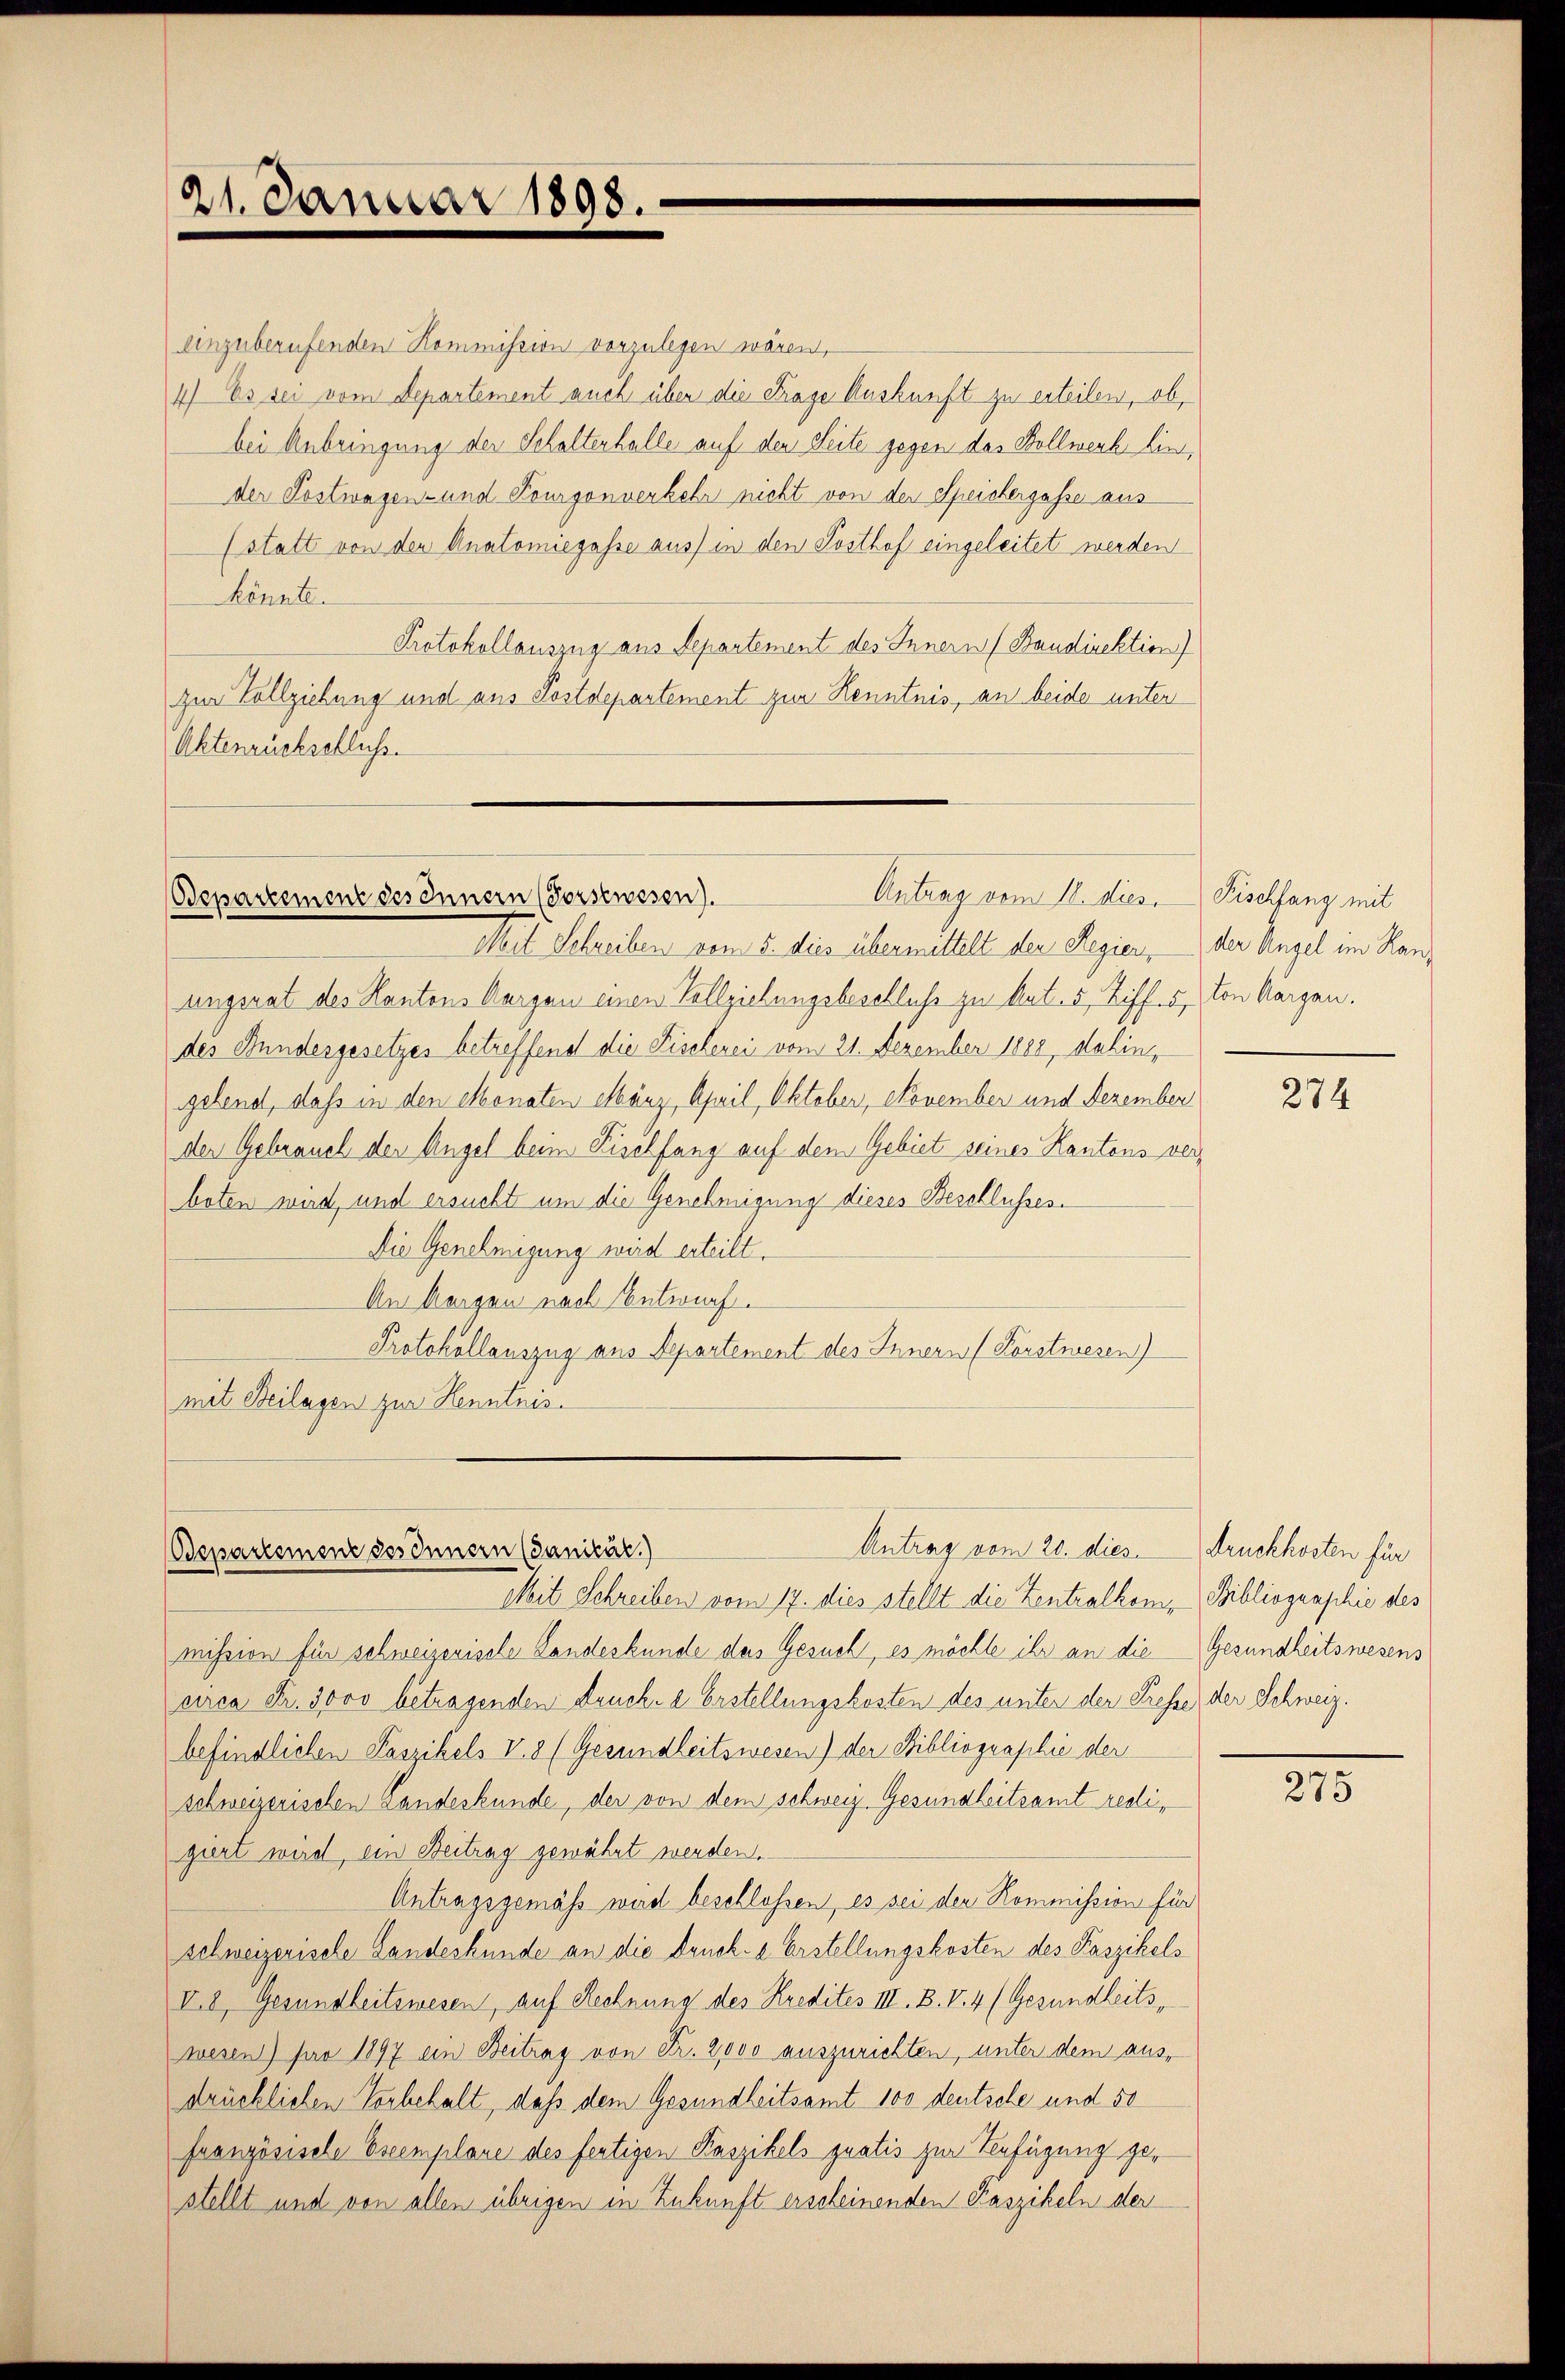
21. Januar 1893.

einzuberufenden Kommission vorzulegen wären,
4) Es sei vom Departement auch über die Frage Auskunft zu erteilen, ob
bei Anbringung der Schalterhalle auf den Seite gegen das Vollwerk hinder Postwagen- und Kourgonverkehr nicht von der Speichergasse aus
(statt von den Anatomiegasse aus) in den Posthof eingeleitet werden
könnte.
Protokollauszug aus Separtement des Innern (Bandirektion)
zur Vollziehung und aus Postdepartement zur Kenntnis, an beide unter
Aktenrückschluss.

Antrag vom 12. dies Fischfang mit
Bdepartement des Innern (Forstwesen).

Mit Schreiben vom 5. dies übermittelt der Regier, der Angel im Hanungerat des Kantons Aargau einen Vollziehungsbeschluß zu Art. 5 Ziff. u. Von Aargau.
des Bundergesetzes betreffend die Fischerei vom 21. Dezember 1888, dahin,
gebend, daß in den Monaten elbärz, April, Oktober, November und Dezember
der Gebrauch der Angel beim Piselfang auf dem Gebiet seines Kantons verboten wird, und ersuchte um die Genehmigung dieses Beschlusses
Die Genehmigung wird erteilt.
An Morgen nach Entwurf.
Protokollauszug aus Separtement des Innern (Forstwesen)
mit Beilagen zur Henntnis.

Antrag vom 20. dies Druckkosten für
Bepartement des Innern (Janicar.)

Mit Schreiben vom 17. dies stellt die Zentralkom, Bibliographie des
mission für schweizerische Landeskunde des Gesuch, es möchte ihr an die Gesundheitswesens
circa Fr. 3000 betragenden Drucke a. Erstellungskosten des unter der Presse der Schweiz.
befindlichen Paszikels V. 8 (Gesundheitswesen) der Bibliographie der
schweizerischen Landeskunde, der von dem schweiz. Gesundheitsamt redigiert wird, ein Beitrag gewährt werden.
Antragsgemäß wird beschlossen, es sei den Kommission für
schweizerische Landeshunde an die Drucke Erstellungskosten des Faszikels
V. 8, Gesundheitswesen, auf Rechnung des Kredites III. B. V. 4 (Gesundheitswesen) für 1897 ein Beitrag von Fr. 2000 auszurichten, unter dem ausdrücklichen Vorbehalt, daß dem Gesundheitsamt 100 deutsche und 50
französische Exemplare des fertigen Kaszikels quatis zur Befügung gestellt und von allen übrigen in Zukunft erscheinenden Faszikeln der

274

275